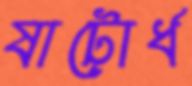
ষাটোর্ধ